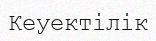
Кеуектілік